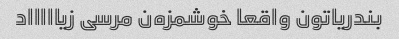
بندریاتون واقعا خوشمزه‌ن مرسی زیاااااد